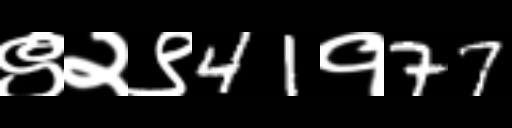
Text: ९२९41१77